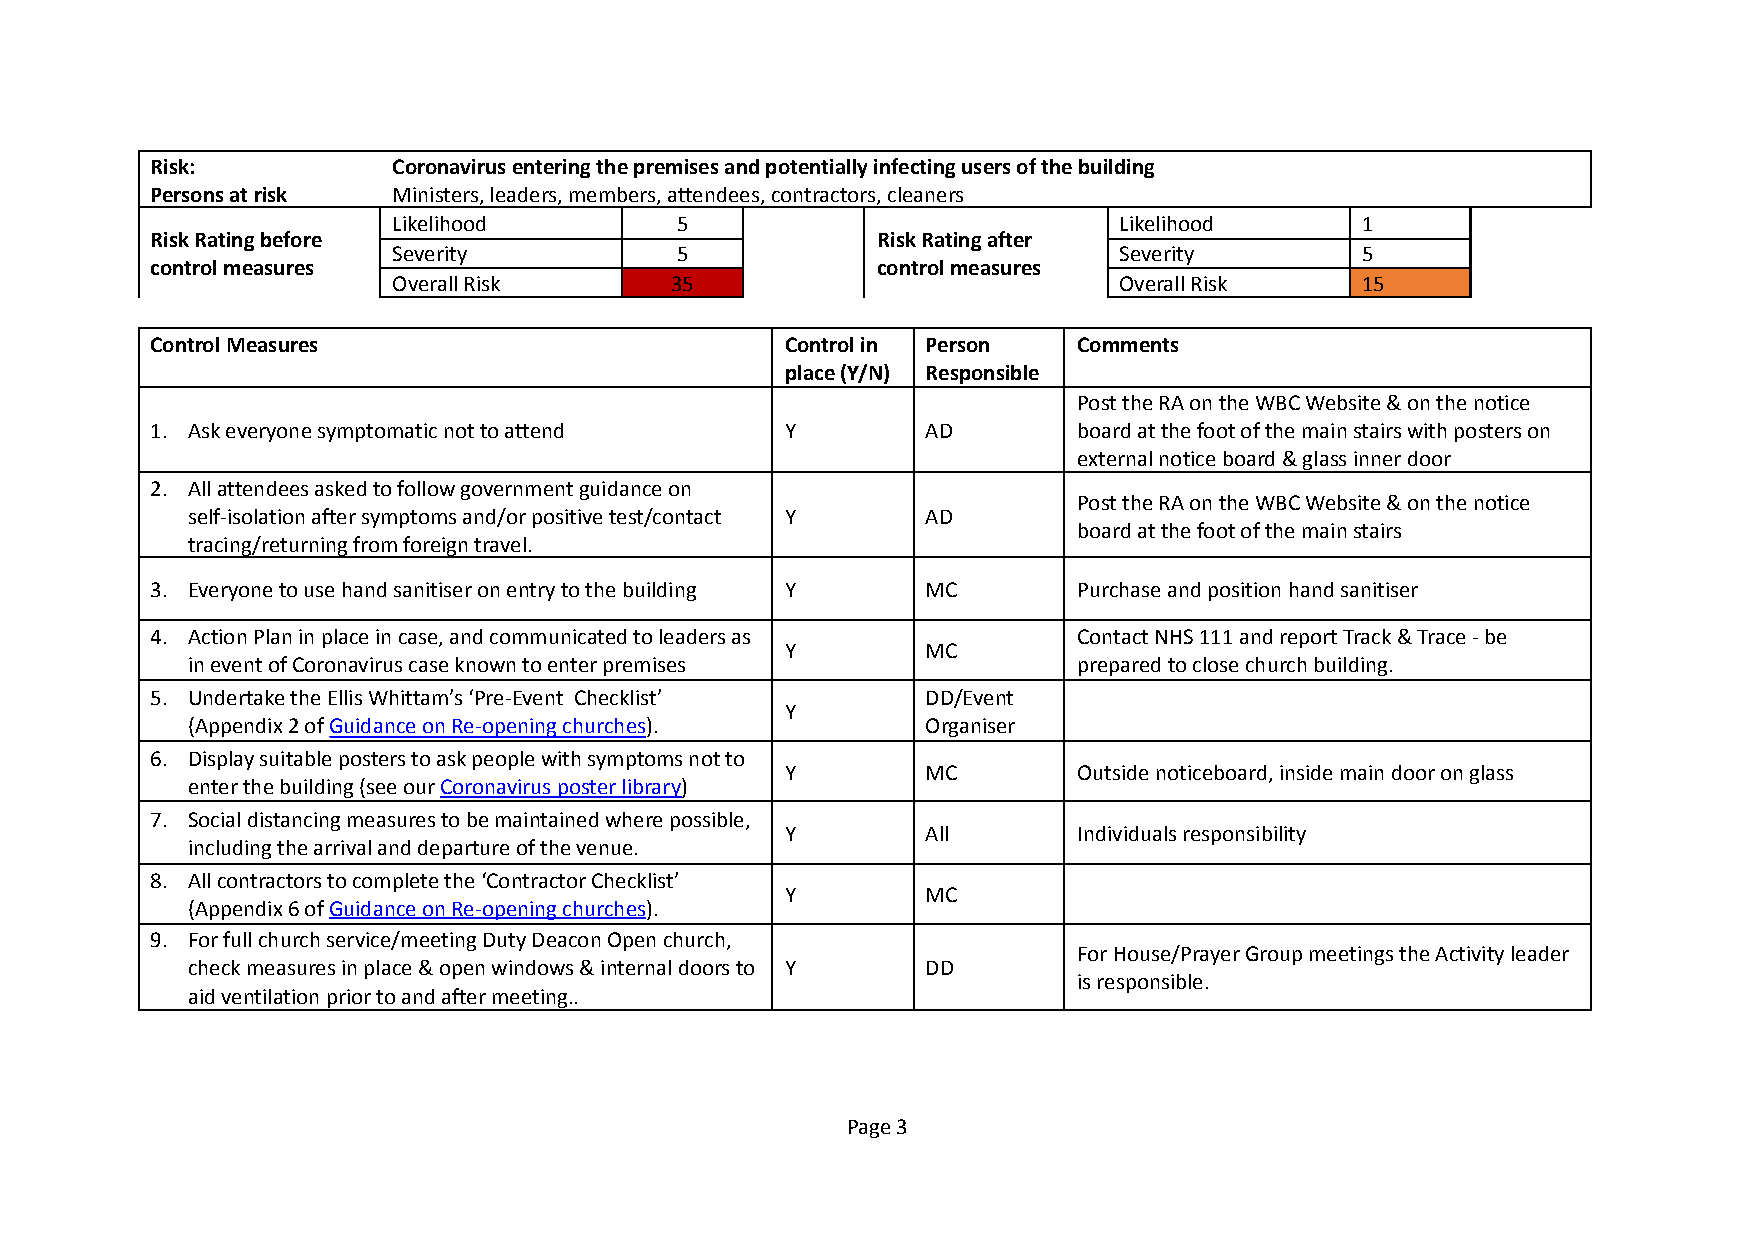
Risk:           Coronavirus entering the premises and potentially infecting users of the building
 Persons at risk Ministers, leaders, members, attendees, contractors, cleaners
 Likelihood         5                            Likelihood      1
 Risk Rating before                              Risk Rating after
 Severity           5                            Severity        5
 control measures                                control measures
 Overall Risk      35                            Overall Risk    15
 Control Measures                          Control in Person  Comments
 place (Y/N) Responsible
 Post the RA on the WBC Website & on the notice
 1. Ask everyone symptomatic not to attend Y        AD        board at the foot of the main stairs with posters on
 external notice board & glass inner door
 2. All attendees asked to follow government guidance on
 Post the RA on the WBC Website & on the notice
 self-isolation after symptoms and/or positive test/contact Y AD
 board at the foot of the main stairs
 tracing/returning from foreign travel.
 3. Everyone to use hand sanitiser on entry to the building Y MC Purchase and position hand sanitiser
 4. Action Plan in place in case, and communicated to leaders as Contact NHS 111 and report Track & Trace - be
 Y        MC
 in event of Coronavirus case known to enter premises       prepared to close church building.
 5. Undertake the Ellis Whittam’s ‘Pre-Event Checklist’ DD/Event
 Y
 (Appendix 2 ofGuidance on Re-opening churches).  Organiser
 6. Display suitable posters to ask people with symptoms not to
 Y        MC        Outside noticeboard, inside main door on glass
 enter the building (see ourCoronavirus poster library)
 7. Social distancing measures to be maintained where possible,
 Y        All       Individuals responsibility
 including the arrival and departure of the venue.
 8. All contractors to complete the ‘Contractor Checklist’
 Y        MC
 (Appendix 6 ofGuidance on Re-opening churches).
 9. For full church service/meeting Duty Deacon Open church,
 For House/Prayer Group meetings the Activity leader
 check measures in place & open windows & internal doors to Y DD
 is responsible.
 aid ventilation prior to and after meeting..
 Page3